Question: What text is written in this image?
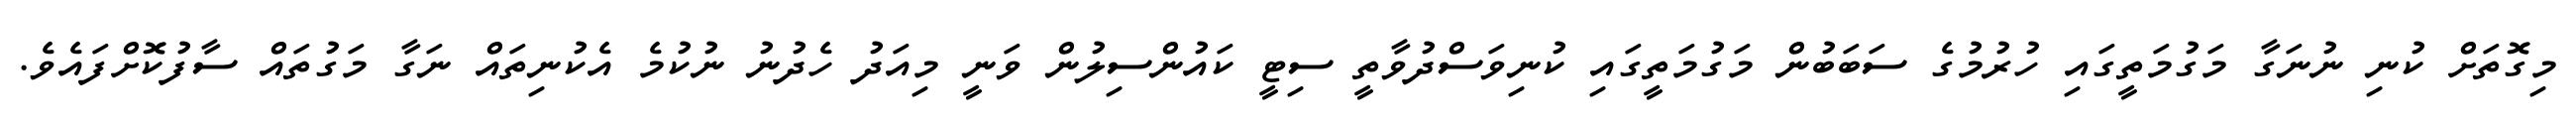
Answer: މިގޮތަށް ކުނި ނުނަގާ މަގުމަތީގައި ހުރުމުގެ ސަބަބުން މަގުމަތީގައި ކުނިވަސްދުވާތީ ސިޓީ ކައުންސިލުން ވަނީ މިއަދު ހެދުނު ނުކުމެ އެކުނިތައް ނަގާ މަގުތައް ސާފުކޮށްފައެވެ.